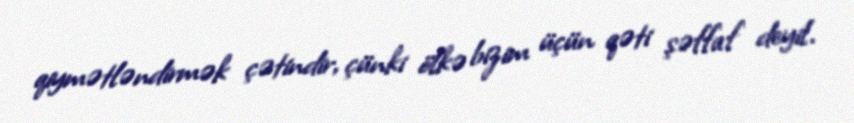
qiymətləndirmək çətindir, çünki ölkə bizim üçün qəti şəffaf deyil.